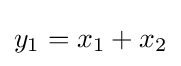
{\textstyle y_{1}=x_{1}+x_{2}}